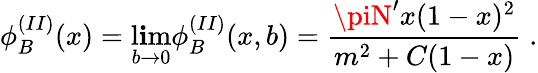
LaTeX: \phi_{B}^{(II)}(x)=\operatorname*{l\mathbf{i}m}_{b\to0}\phi_{B}^{(II)}(x,b)=\frac{{\piN^{\prime}x(1-x)^{2}}}{{m^{2}+C(1-x)}}\; .